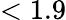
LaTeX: <1.9